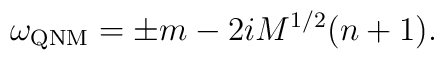
\omega_{\rm QNM}=\pm m -2iM^{1/2}(n+1).